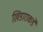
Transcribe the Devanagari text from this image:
खिंडाराकडे